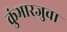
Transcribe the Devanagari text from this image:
कुंभारजुवा